Lunatic asylums Madras 1892-1911 - 1892-1911
Year: 1892
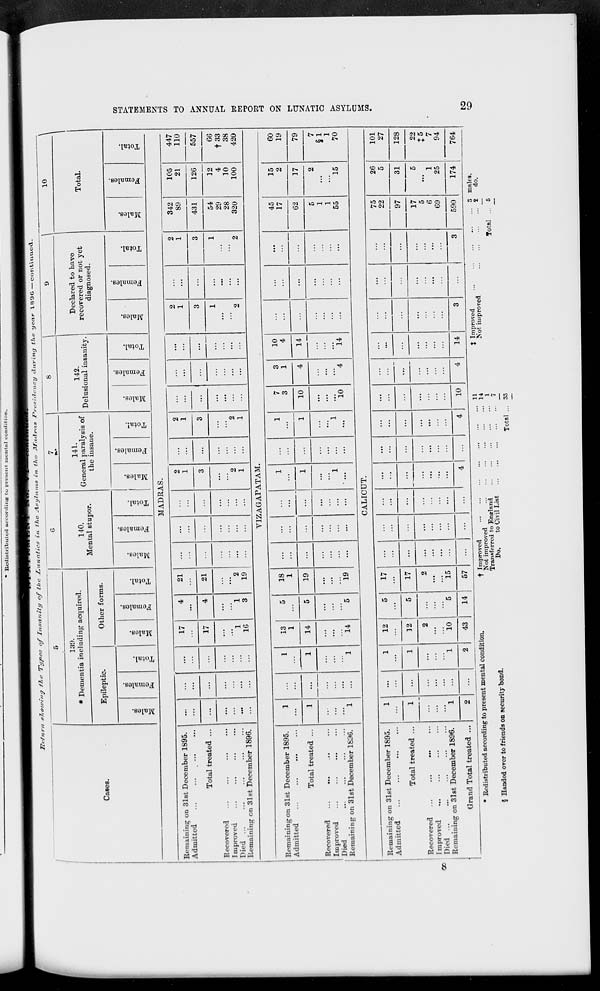
* Redistributed according to present menial condition.
l?t-/?ir/l nlioivi 'll'j f7ic Types o/" Insanity nf t/io L nncttic& in fho Asyltfnxs Cn 'lie JHnclrn.3 Presidency during t/t 9 year 1896—continue*!.
1
1
c
7
1
\
10
\
1
130.
* Dementia including acquired.
140.
Mental stupor.
141.
142
Declared to have
Cases.
General paralysis of
the insane.
Delusional insanity.
recovered or not yet
diagnosed.
Total.
Epileptic.
Other forms.
.
.
CO
m
CO
to
00
m
*3
S
eo
fa
"3
O
fH
CO
O
"3
o
"a
E
to
fa
■a
O
EH
CO
o
3
o
3
S
Q
fa
3
~o
EH
CO
CO
CO
s
CD
fa
'3
o
EH
m
CD
o
a
CO
fa
"3
"o
EH
CO
"3
CO
"3
S
CO
fa
*3 -w
o
EH
m
o
3
CO
"a
a
CO
fa
3 "o
EH
MADRAS.
Remaining on 31st December 1895.
Admitted
Total treated ...
Recovered
Improved
Died
Remaining cn 31st December 1896.
17
17
1
1G
21
21
2
19
V1ZAGAPATAM.
Remaining on 31st December 1895.
Admitted
Total treated ...
Recovered
...
...
Improved
...
Died
Remaining on 31st December 1836.
1
1
13
1
5
18
1
...
...
1
1
7
3
3
1
10
4
1
1
14
5
19
...
...
...
1
...
1
10
4
14
...
...
...
...
...
...
...
...
...
...
...
...
...
...
...
...
...
...
...
...
1
1
...
1
...
1
14
5
19
...
...
...
...
...
10
4
14
CALICUT.
Oc
Remaining on 31st December 1895.
Admitted
Total treated ...
Recovered ...
...
...
Improved
Died ...
Remaining on 31st December 1896.
Orand Total treated ...
1
...
1
12
5
17
...
...
...
...
...
...
...
...
1
...
1
12
5
17
...
...
...
...
...
...
...
...
...
...
2
...
2
...
...
...
...
...
:::
...
...
...
1
1
io
5
15
:::
...
:::
:::
...
...
2
...
2
43
14
57
...
...
...
4
...
4
10
4
14
• Redistributed according to present mental condition.
§ Handed over to friends on security bond.
t Improved
Not improved
Transferred to England
Do.
to Civil List
11
14
1
7
Total ... S3
X Improved
Not improved
342
105
89
21
431
126
54
12
29
4
28
10
320
100
...
45
17
62
5
1
1
55
75
22
97
17
5
6
69
590
15
2
17
2
15
26
5
31
1
25
174
S males.
*
do.
Total
447
110
557
66
t33
38
420
60
19
79
7
§1
1
70
101
27
128
22
J5
7
94
764
CO
-
Hi
o
>
SJ
B
O
w
o
tH
a
Et-
na
tH
a
S
GO